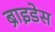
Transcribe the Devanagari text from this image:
ब्राइडेस